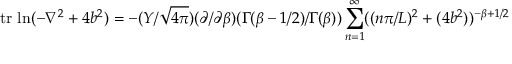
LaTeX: \mathrm { t r ~ l n } ( - \nabla ^ { 2 } + 4 b ^ { 2 } ) = - ( Y / \sqrt { 4 \pi } ) ( \partial / \partial \beta ) ( \Gamma ( \beta - 1 / 2 ) / \Gamma ( \beta ) ) \sum _ { n = 1 } ^ { \infty } ( ( n \pi / L ) ^ { 2 } + ( 4 b ^ { 2 } ) ) ^ { - \beta + 1 / 2 }